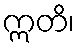
ဣတိ၊